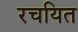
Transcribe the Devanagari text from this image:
रचयित